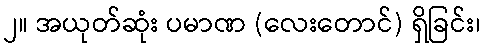
၂။ အယုတ်ဆုံး ပမာဏ (လေးတောင်) ရှိခြင်း၊